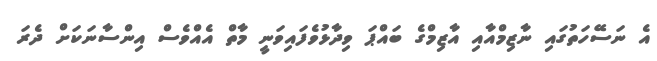
އެ ނަސޭހަތުގައި ނާޒިމްއާއި އާޒިމްގެ ބައްޕަ ވިދާޅުވެފައިވަނީ މާތް އެއްވެސް އިންސާނަކަށް ދެރަ